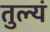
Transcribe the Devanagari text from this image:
तुल्यं